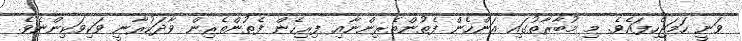
ވަނީ ހަމަޖެހިފައެވެ. މި މުބާރާތުގައި އަންހެން ފެތުންތެރިންނާއި ފިރިހެން ފެތުންތެރިން ވާދަކުރާނީ ވަކިވަކިންނެވެ.